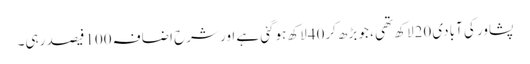
پشاور کی آبادی 20لاکھ تھی ، جو بڑھ کر40لاکھ ہوگئی ہے اور شرح اضافہ 100فیصد رہی۔